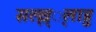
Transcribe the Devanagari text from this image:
सल्ल्ल््लाहु